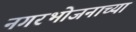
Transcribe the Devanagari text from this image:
नगरभोजनाच्या